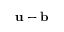
\mathbf { u - b }